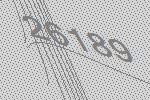
26189